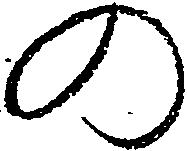
の